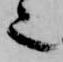
也